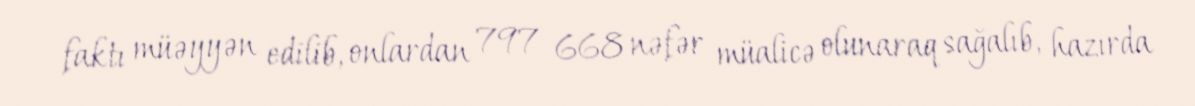
faktı müəyyən edilib, onlardan 797 668 nəfər müalicə olunaraq sağalıb, hazırda